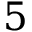
5